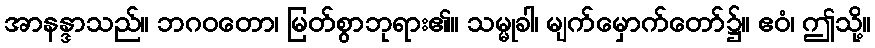
အာနန္ဒာသည်။ ဘဂဝတော၊ မြတ်စွာဘုရား၏။ သမ္မုခါ၊ မျက်မှောက်တော်၌။ ဧဝံ၊ ဤသို့။